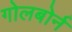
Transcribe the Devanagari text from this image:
गोलबोर्न